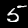
Digit: 5